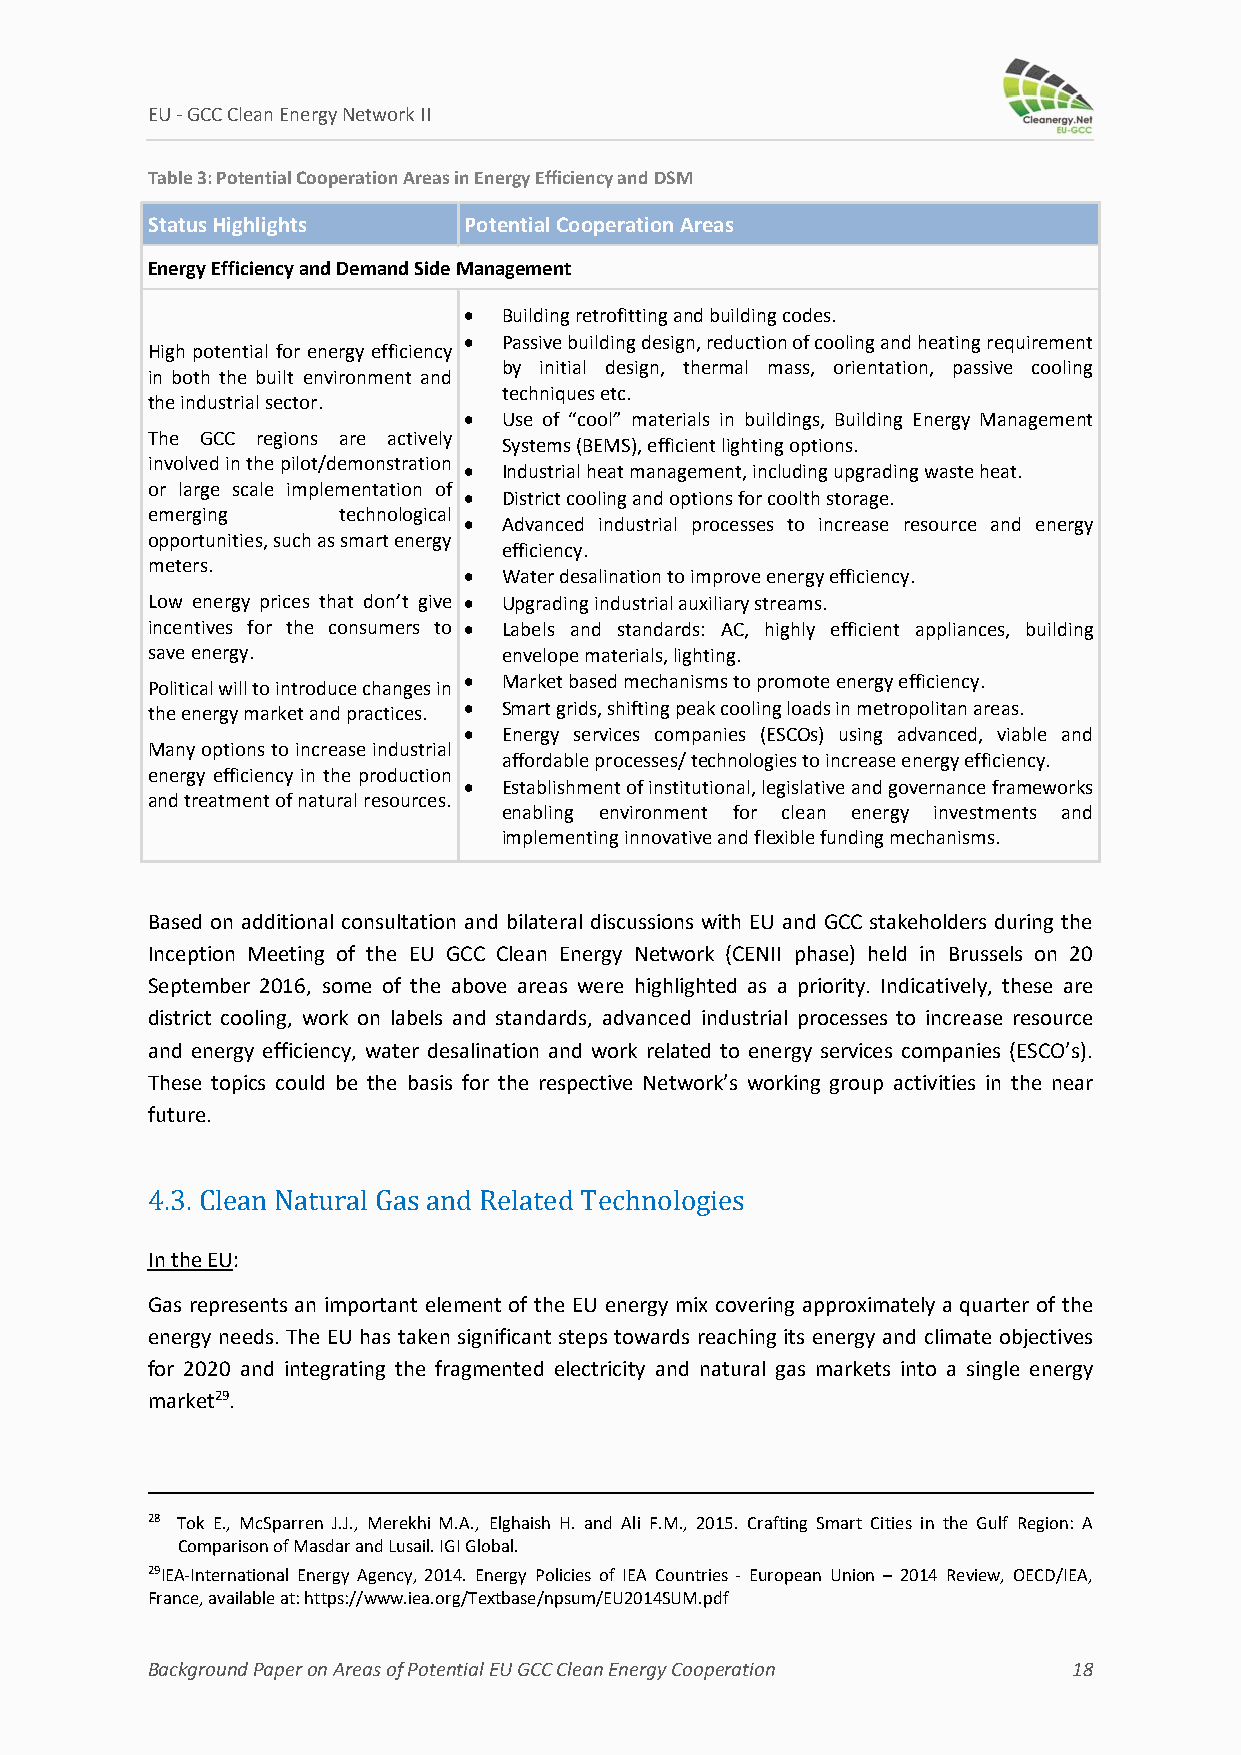
EU ‐ GCC Clean Energy Network II
 Table 3: Potential Cooperation Areas in Energy Efficiency and DSM
 Status Highlights    Potential Cooperation Areas
 Energy Efficiency and Demand Side Management
  Building retrofitting and building codes.
  Passive building design, reduction of cooling and heating requirement
 High potential for energy efficiency
 by initial design, thermal mass, orientation, passive cooling
 in both the built environment and
 techniques etc.
 the industrial sector.
  Use of “cool” materials in buildings, Building Energy Management
 The GCC regions are actively
 Systems (BEMS), efficient lighting options.
 involved in the pilot/demonstration
  Industrial heat management, including upgrading waste heat.
 or large scale implementation of
  District cooling and options for coolth storage.
 emerging    technological
  Advanced industrial processes to increase resource and energy
 opportunities, such as smart energy
 efficiency.
 meters.
  Water desalination to improve energy efficiency.
 Low energy prices that don’t give  Upgrading industrial auxiliary streams.
 incentives for the consumers to  Labels and standards: AC, highly efficient appliances, building
 save energy.           envelope materials, lighting.
  Market based mechanisms to promote energy efficiency.
 Political will to introduce changes in
 the energy market and practices.  Smart grids, shifting peak cooling loads in metropolitan areas.
  Energy services companies (ESCOs) using advanced, viable and
 Many options to increase industrial
 affordable processes/ technologies to increase energy efficiency.
 energy efficiency in the production
  Establishment of institutional, legislative and governance frameworks
 and treatment of natural resources.
 enabling environment for clean energy investments and
 implementing innovative and flexible funding mechanisms.
 Based on additional consultation and bilateral discussions with EU and GCC stakeholders during the
 Inception Meeting of the EU GCC Clean Energy Network (CENII phase) held in Brussels on 20
 September 2016, some of the above areas were highlighted as a priority. Indicatively, these are
 district cooling, work on labels and standards, advanced industrial processes to increase resource
 and energy efficiency, water desalination and work related to energy services companies (ESCO’s).
 These topics could be the basis for the respective Network’s working group activities in the near
 future.
 4.3. Clean Natural Gas and Related Technologies
 In the EU:
 Gas represents an important element of the EU energy mix covering approximately a quarter of the
 energy needs. The EU has taken significant steps towards reaching its energy and climate objectives
 for 2020 and integrating the fragmented electricity and natural gas markets into a single energy
 market29.
 28 Tok E., McSparren J.J., Merekhi M.A., Elghaish H. and Ali F.M., 2015. Crafting Smart Cities in the Gulf Region: A
 Comparison of Masdar and Lusail. IGI Global.
 29IEA‐International Energy Agency, 2014. Energy Policies of IEA Countries ‐ European Union – 2014 Review, OECD/IEA,
 France, available at: https://www.iea.org/Textbase/npsum/EU2014SUM.pdf
 Background Paper on Areas of Potential EU GCC Clean Energy Cooperation 18